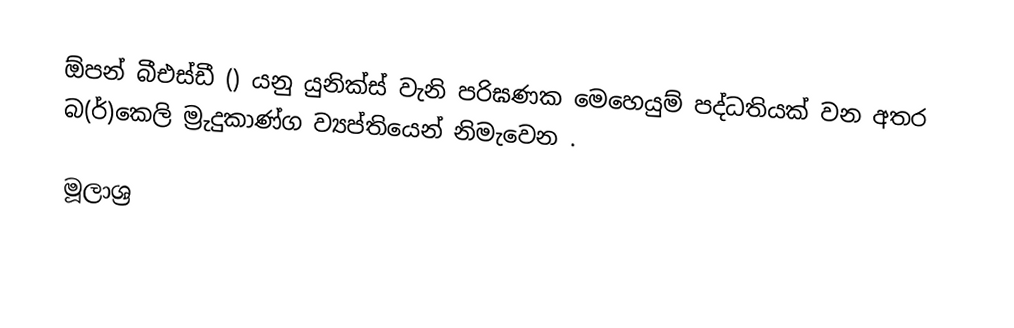
ඕපන් බීඑස්ඩී () යනු යුනික්ස් වැනි පරිඝණක මෙහෙයුම් පද්ධතියක් වන අතර බ(ර්)කෙලි ම්‍රුදුකාණ්ග ව්‍යප්තියෙන් නිමැවෙන .

මූලාශ්‍ර